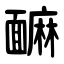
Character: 䩋